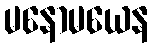
မနောမယေန